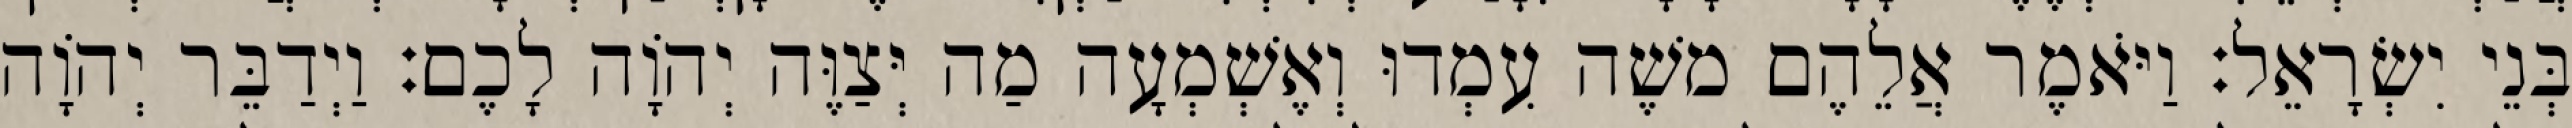
בְּנֵי יִשְׂרָאֵל׃ וַיֹּאמֶר אֲלֵהֶם משֶׁה עִמְדוּ וְאֶשְׁמְעָה מַה יְּצַוֶּה יְהוָֹה לָכֶם׃ וַיְדַבֵּר יְהוָֹה